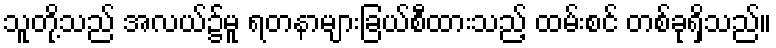
သူတို့သည် အလယ်၌မူ ရတနာများခြယ်စီထားသည့် ထမ်းစင် တစ်ခုရှိသည်။